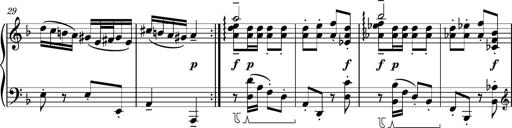
Title: Piano Sonatina No.1
Composer: Dimitri Sykias
Key: D minor